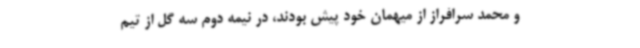
و محمد سرافراز از میهمان خود پیش بودند، در نیمه دوم سه گل از تیم